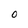
Character: 0